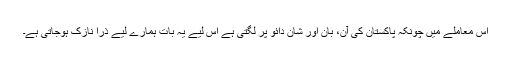
اس معاملے میں چونکہ پاکستان کی آن، بان اور شان دائو پر لگتی ہے اس لیے یہ بات ہمارے لیے ذرا نازک ہوجاتی ہے۔